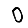
Digit: 0